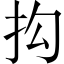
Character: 抅